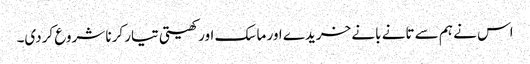
اس نے ہم سے تانے بانے خریدے اور ماسک اور کھیتی تیار کرنا شروع کردی۔